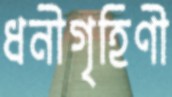
ধনীগৃহিণী